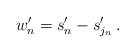
LaTeX: \begin{align*}w'_n=s'_n-s'_{j_n}\,.\end{align*}